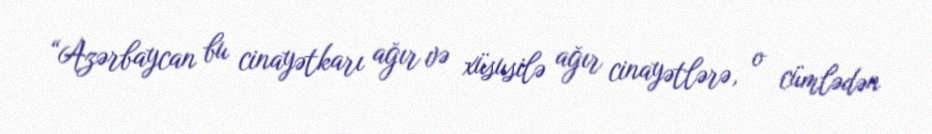
“Azərbaycan bu cinayətkarı ağır və xüsusilə ağır cinayətlərə, o cümlədən